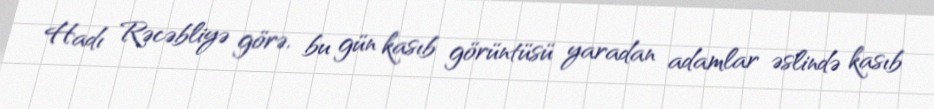
Hadı Rəcəbliyə görə, bu gün kasıb görüntüsü yaradan adamlar əslində kasıb